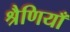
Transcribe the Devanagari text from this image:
श्रैणियाँ